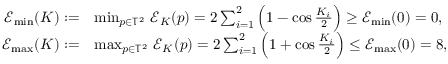
\begin{array} { r l } { { \mathcal E } _ { \operatorname* { m i n } } ( K ) : = } & { \operatorname* { m i n } _ { p \in \mathbb { T } ^ { 2 } } \, { \mathcal E } _ { K } ( p ) = 2 \sum _ { i = 1 } ^ { 2 } \Big ( 1 - \cos \frac { K _ { i } } 2 \Big ) \geq { \mathcal E } _ { \operatorname* { m i n } } ( 0 ) = 0 , } \\ { { \mathcal E } _ { \operatorname* { m a x } } ( K ) : = } & { \operatorname* { m a x } _ { p \in \mathbb { T } ^ { 2 } } \, { \mathcal E } _ { K } ( p ) = 2 \sum _ { i = 1 } ^ { 2 } \Big ( 1 + \cos \frac { K _ { i } } 2 \Big ) \leq { \mathcal E } _ { \operatorname* { m a x } } ( 0 ) = 8 , } \end{array}